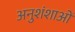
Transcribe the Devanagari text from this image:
अनुशंशाओं